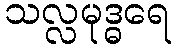
သလ္လမုဒ္ဓရေ